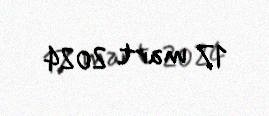
17 mart 2024